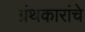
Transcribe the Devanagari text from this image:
ग्रंथकारांचे